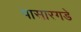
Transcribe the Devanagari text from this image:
पासारगडे